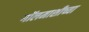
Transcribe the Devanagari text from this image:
गॉलमाशीच्या